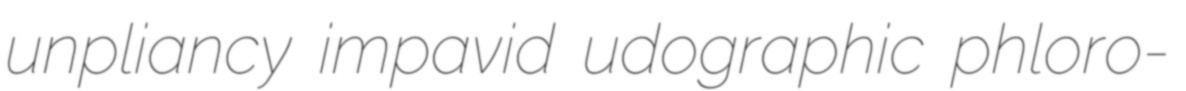
unpliancy impavid udographic phloro-